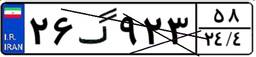
۲۶گ۹۲۳۵۸